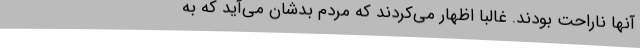
آنها ناراحت بودند. غالبا اظهار می‌کردند که مردم بدشان می‌آید که به